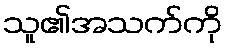
သူ၏အသက်ကို